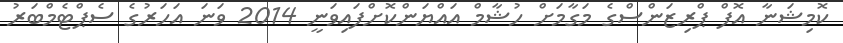
ކޮމިޝަނާ އޮފް ޕްރިޒަންސްގެ މަގާމަށް ހުޝާމް އައްޔަންކޮށްފައިވަނީ 2014 ވަނަ އަހަރުގެ ސެޕްޓެމްބަރު